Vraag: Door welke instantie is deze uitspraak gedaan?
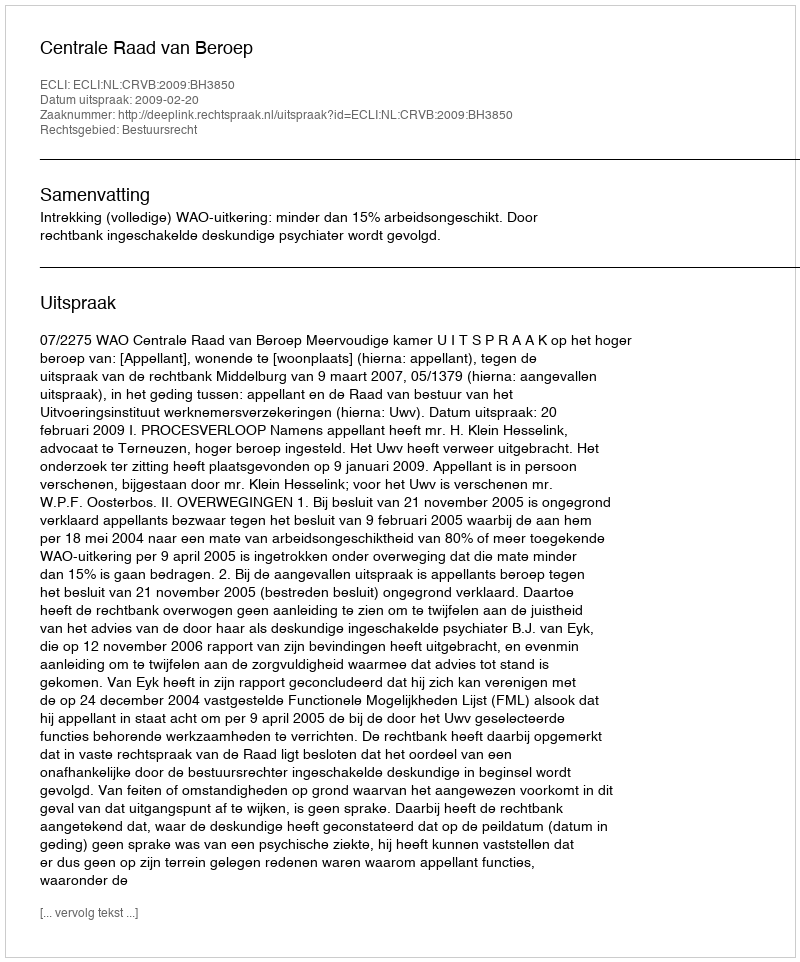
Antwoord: Centrale Raad van Beroep